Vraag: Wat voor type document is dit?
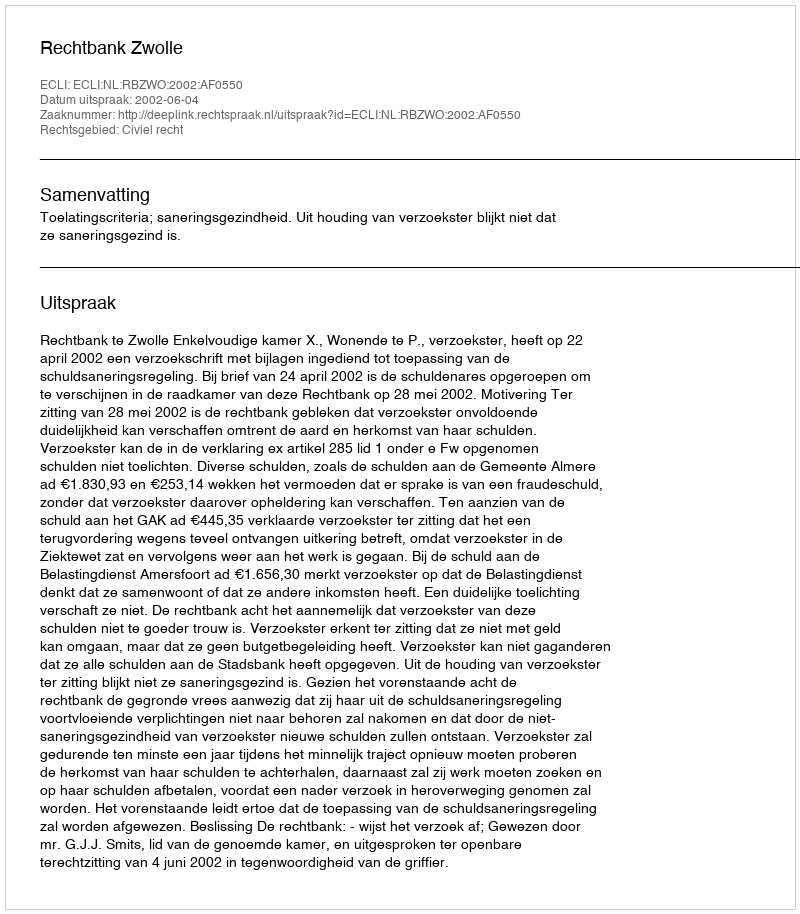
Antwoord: Uitspraak